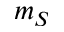
m _ { S }